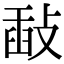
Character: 敮